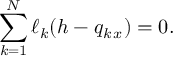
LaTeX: \sum _ { k = 1 } ^ { N } \ell _ { k } ( h - q _ { k \, x } ) = 0 .